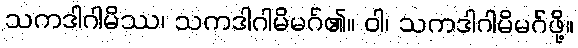
သကဒါဂါမိဿ၊ သကဒါဂါမိမဂ်၏။ ဝါ၊ သကဒါဂါမိမဂ်ဖို့။